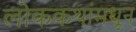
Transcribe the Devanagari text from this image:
लोककथांमधून